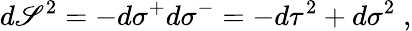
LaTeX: d\mathscr{S}^{2}=-d\sigma^{+}d\sigma^{-}=-d\tau^{2}+d\sigma^{2}\; ,